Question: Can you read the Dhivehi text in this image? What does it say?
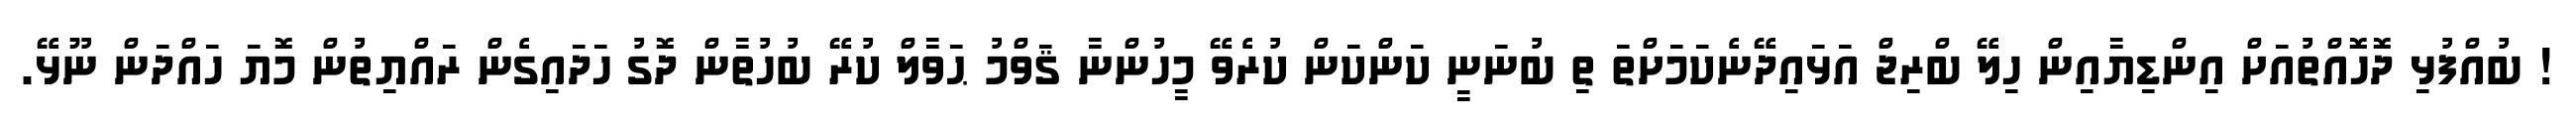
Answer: ! ބުއްފުޅި ދޮހޮއްތުއަށް އިންޑިޔާއިން ހިލޭ ބްރިޖް އަޅައިދޭނެކަމަށްތަ ތި ބުނަނީ ކަންކަން ކުރެވޭ މީހުންނާ ޤަވްމު ޙަވާލް ކުރޭ ބުހުތާން ދޮގު ހަދައިގެން ރައްޔިތުން މޮޔަ ހައްދަން ނޫޅޭ.